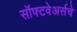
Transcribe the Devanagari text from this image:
सॉफ्टवेअर्सचे